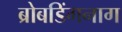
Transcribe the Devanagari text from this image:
ब्रोबडिंगनाग